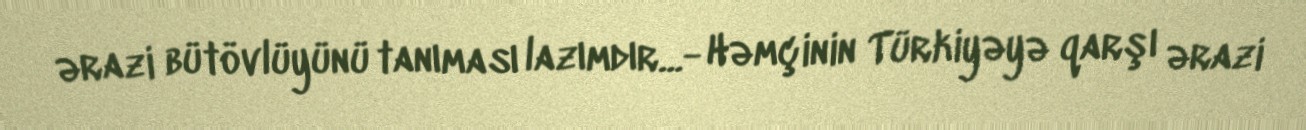
ərazi bütövlüyünü tanıması lazımdır...- Həmçinin Türkiyəyə qarşı ərazi